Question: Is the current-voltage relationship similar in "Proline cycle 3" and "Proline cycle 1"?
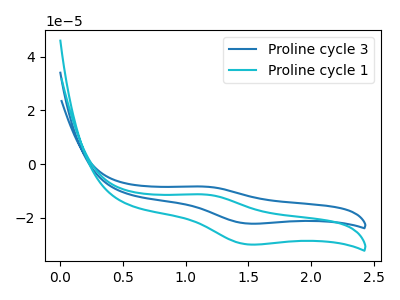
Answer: <think>The blue curve "Proline cycle 3" has an anodic peak at (1.15V, -8.40uA) and a cathodic peak at (1.50V, -22.20uA). The cyan curve "Proline cycle 1" has an anodic peak at (1.15V, -11.30uA) and a cathodic peak at (1.50V, -29.95uA).
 All the peaks in "Proline cycle 3" have a peak in "Proline cycle 1" at the same potential.</think>
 <answer>"Proline cycle 3" and "Proline cycle 1" are similar in shape.</answer>
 <eval>same_shape</eval>